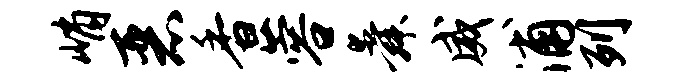
峭恶香蓉舜威浦列